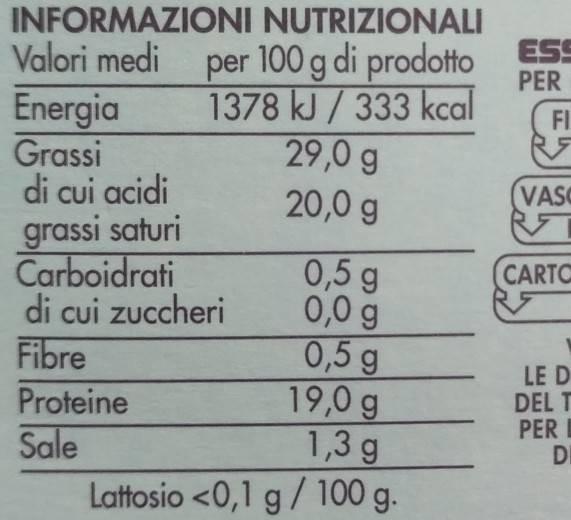
INFORMAZIONI NUTRIZIONALI Valori medi per 100 g di prodotto S 1378 kJ/ 333 kcal
PER
29,0 g
20,0 g
Energia
Grassi
di cui acidi
grassi saturi
Carboidrati di cui zuccheri
Fibre
0,5 g
0,0 g
0,5 g
Proteine
Sale
19,0 g
1,3 g
Lattosio <0,1 g / 100 g.
FI
RE
VAS
CARTO
LE D DEL T
PERI
DI